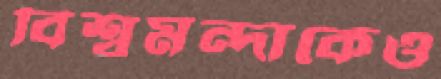
বিশ্বমন্দাকেও